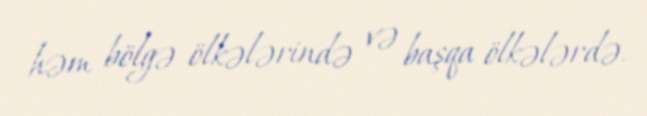
həm bölgə ölkələrində və başqa ölkələrdə.